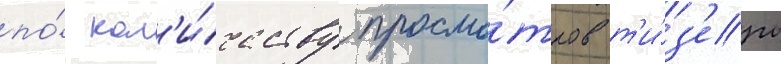
по́ кол'и́честву просмо́тров т'и́з'еры